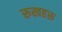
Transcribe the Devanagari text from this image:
रूखहरू